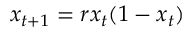
x _ { t + 1 } = r x _ { t } ( 1 - x _ { t } )